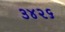
૩૪૨૬